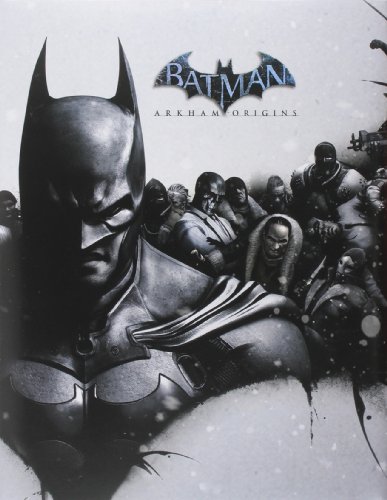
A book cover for Batman: Arkham Origins Limited Edition Strategy Guide; BradyGames; Science Fiction & Fantasy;